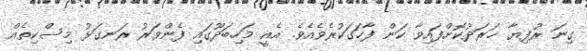
ގިނަ ރުފިޔާ ޚަރަދުކޮށްފައިވާ ކަން ފާހަގަކުރެވެއެވެ. އެއީ މަހިބަދޫގައި ފެންވަރު ރަނގަޅު މިސްކިތެއް